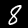
Digit: 8